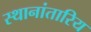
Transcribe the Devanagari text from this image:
स्थानांतारिय